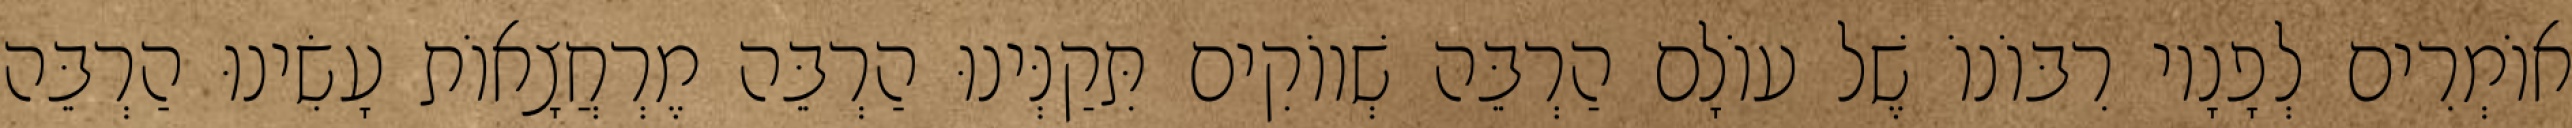
אוֹמְרִים לְפָנָיו רִבּוֹנוֹ שֶׁל עוֹלָם הַרְבֵּה שְׁווֹקִים תִּקַנְּינוּ הַרְבֵּה מֶרְחֲצָאוֹת עָשִׂינוּ הַרְבֵּה